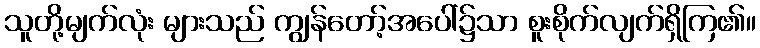
သူတို့မျက်လုံး များသည် ကျွန်တော့်အပေါ်၌သာ စူးစိုက်လျက်ရှိကြ၏။